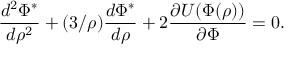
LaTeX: \frac { d ^ { 2 } \Phi ^ { * } } { d \rho ^ { 2 } } + ( 3 / \rho ) \frac { d \Phi ^ { * } } { d \rho } + 2 \frac { \partial U ( \Phi ( \rho ) ) } { \partial \Phi } = 0 .